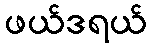
ဖယ်ဒရယ်